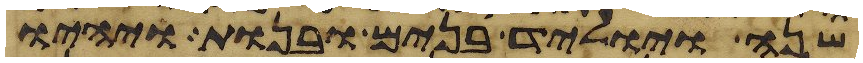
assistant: שנה ויוליד בנים ובנות ויהיו